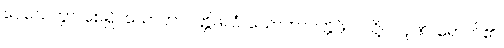
ပေသေတွာ၊ စေ၍။ သောတာပတ္တိဖလံ၊ သောတာပတ္တိဖိုလ်သို့။ ပါပုဏိ၊ ရောက်၏။